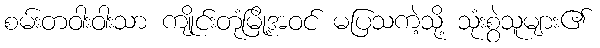
စမ်းတဝါးဝါးသာ ကျိုင်းတုံမြို့အဝင် မပြသကဲ့သို့ သုံးစွဲသူများ၏